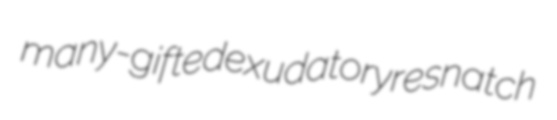
many-gifted exudatory resnatch